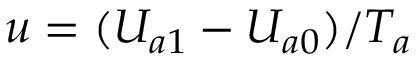
u = ( U _ { a 1 } - U _ { a 0 } ) / T _ { a }